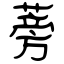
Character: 蒡